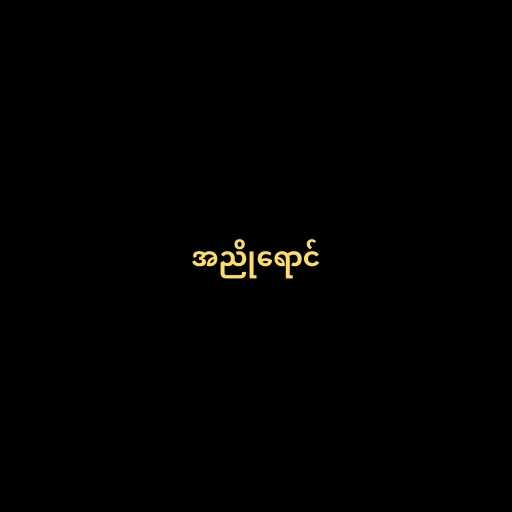
အညိုရောင်